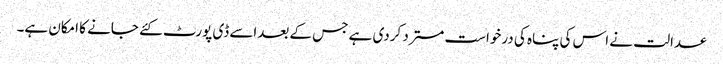
عدالت نے اس کی پناہ کی درخواست مسترد کردی ہے جس کے بعداسے ڈی پورٹ کئے جانے کا امکان ہے۔